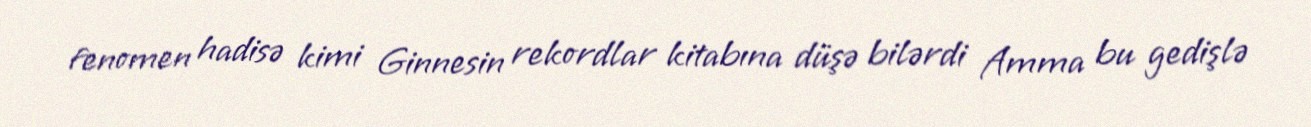
fenomen hadisə kimi Ginnesin rekordlar kitabına düşə bilərdi Amma bu gedişlə